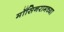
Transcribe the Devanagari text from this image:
मॉसिनरामच्या